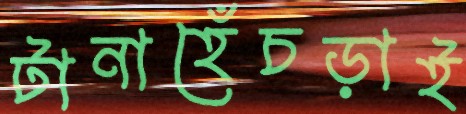
টানাহেঁচড়াই